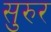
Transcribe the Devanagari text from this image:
सुरुर